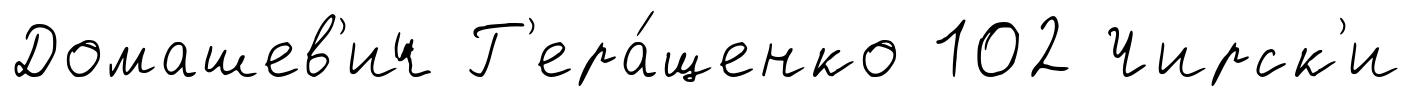
Домашев'ич Г'ера́щенко 102 Чирск'и